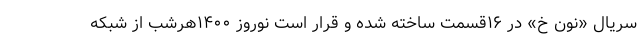
‌سریال «نون خ» در ۱۶قسمت ساخته شده و قرار است نوروز ۱۴۰۰هرشب از شبکه